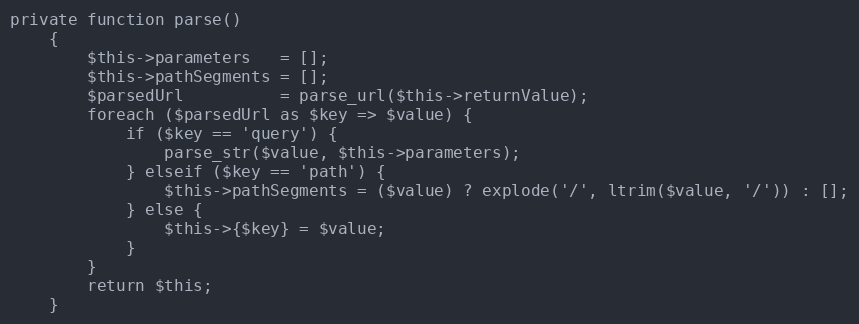
Language: PHP
private function parse()
    {
        $this->parameters   = [];
        $this->pathSegments = [];
        $parsedUrl          = parse_url($this->returnValue);
        foreach ($parsedUrl as $key => $value) {
            if ($key == 'query') {
                parse_str($value, $this->parameters);
            } elseif ($key == 'path') {
                $this->pathSegments = ($value) ? explode('/', ltrim($value, '/')) : [];
            } else {
                $this->{$key} = $value;
            }
        }
        return $this;
    }